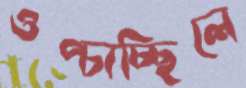
ওপ্‌চাচ্ছিলে